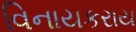
વિનાયકરાય